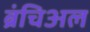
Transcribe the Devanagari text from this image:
ब्रंचिअल